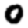
Digit: 0